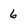
Character: 6